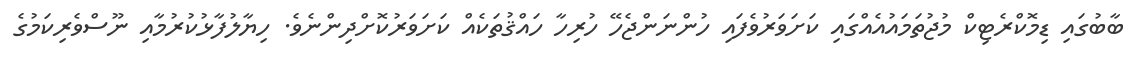
ބާބުގައި ޑިމޮކްރެޓިކް މުޖުތަމައުއެއްގައި ކަށަވަރުވެފައި ހުންނަންޖެހޭ ހުރިހާ ހައްޤުތަކެއް ކަށަވަރުކޮށްދިންނެވެ. ހިޔާލުފާޅުކުރުމާއި ނޫސްވެރިކަމުގެ